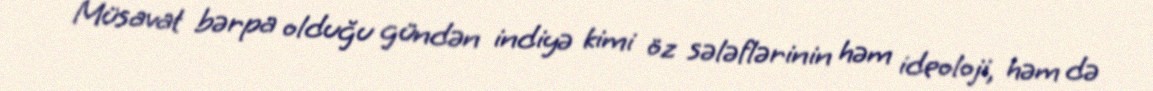
Müsavat bərpa olduğu gündən indiyə kimi öz sələflərinin həm ideoloji, həm də